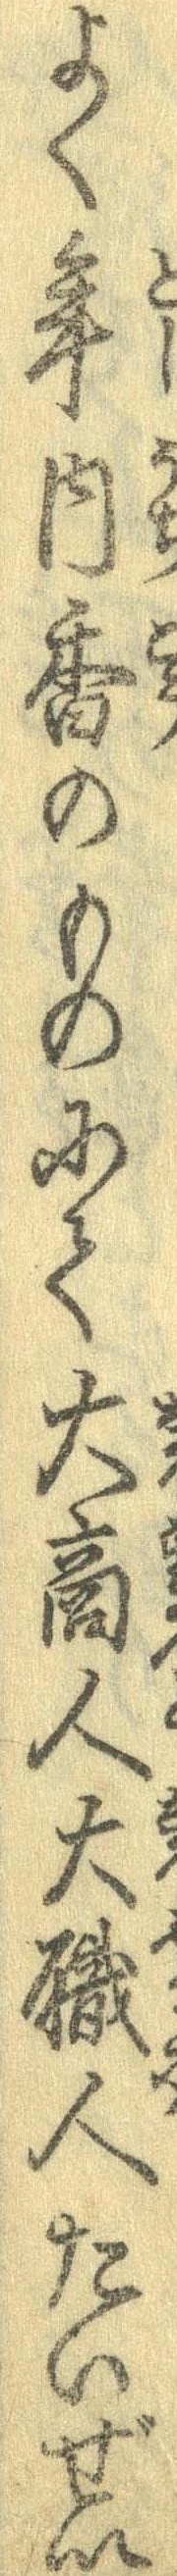
よく年内香のものにて大商人大職人たいぜい